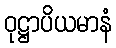
ဝုဋ္ဌာပိယမာနံ